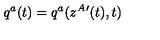
q ^ { a } ( t ) = q ^ { a } ( z ^ { A } { } ^ { \prime } ( t ) , t )